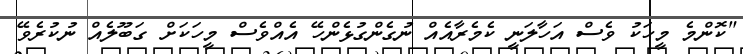
"ކޮންމެ މީހަކު ވެސް އަހާލަނީ ކެމެރާއެއް ނުގެންގުޅެންހޭ އެއްވެސް މީހަކަށް ގަބޫލެއް ނުކުރެވޭ